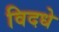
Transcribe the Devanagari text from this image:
विदधे